Kambja_algkool, lk 119
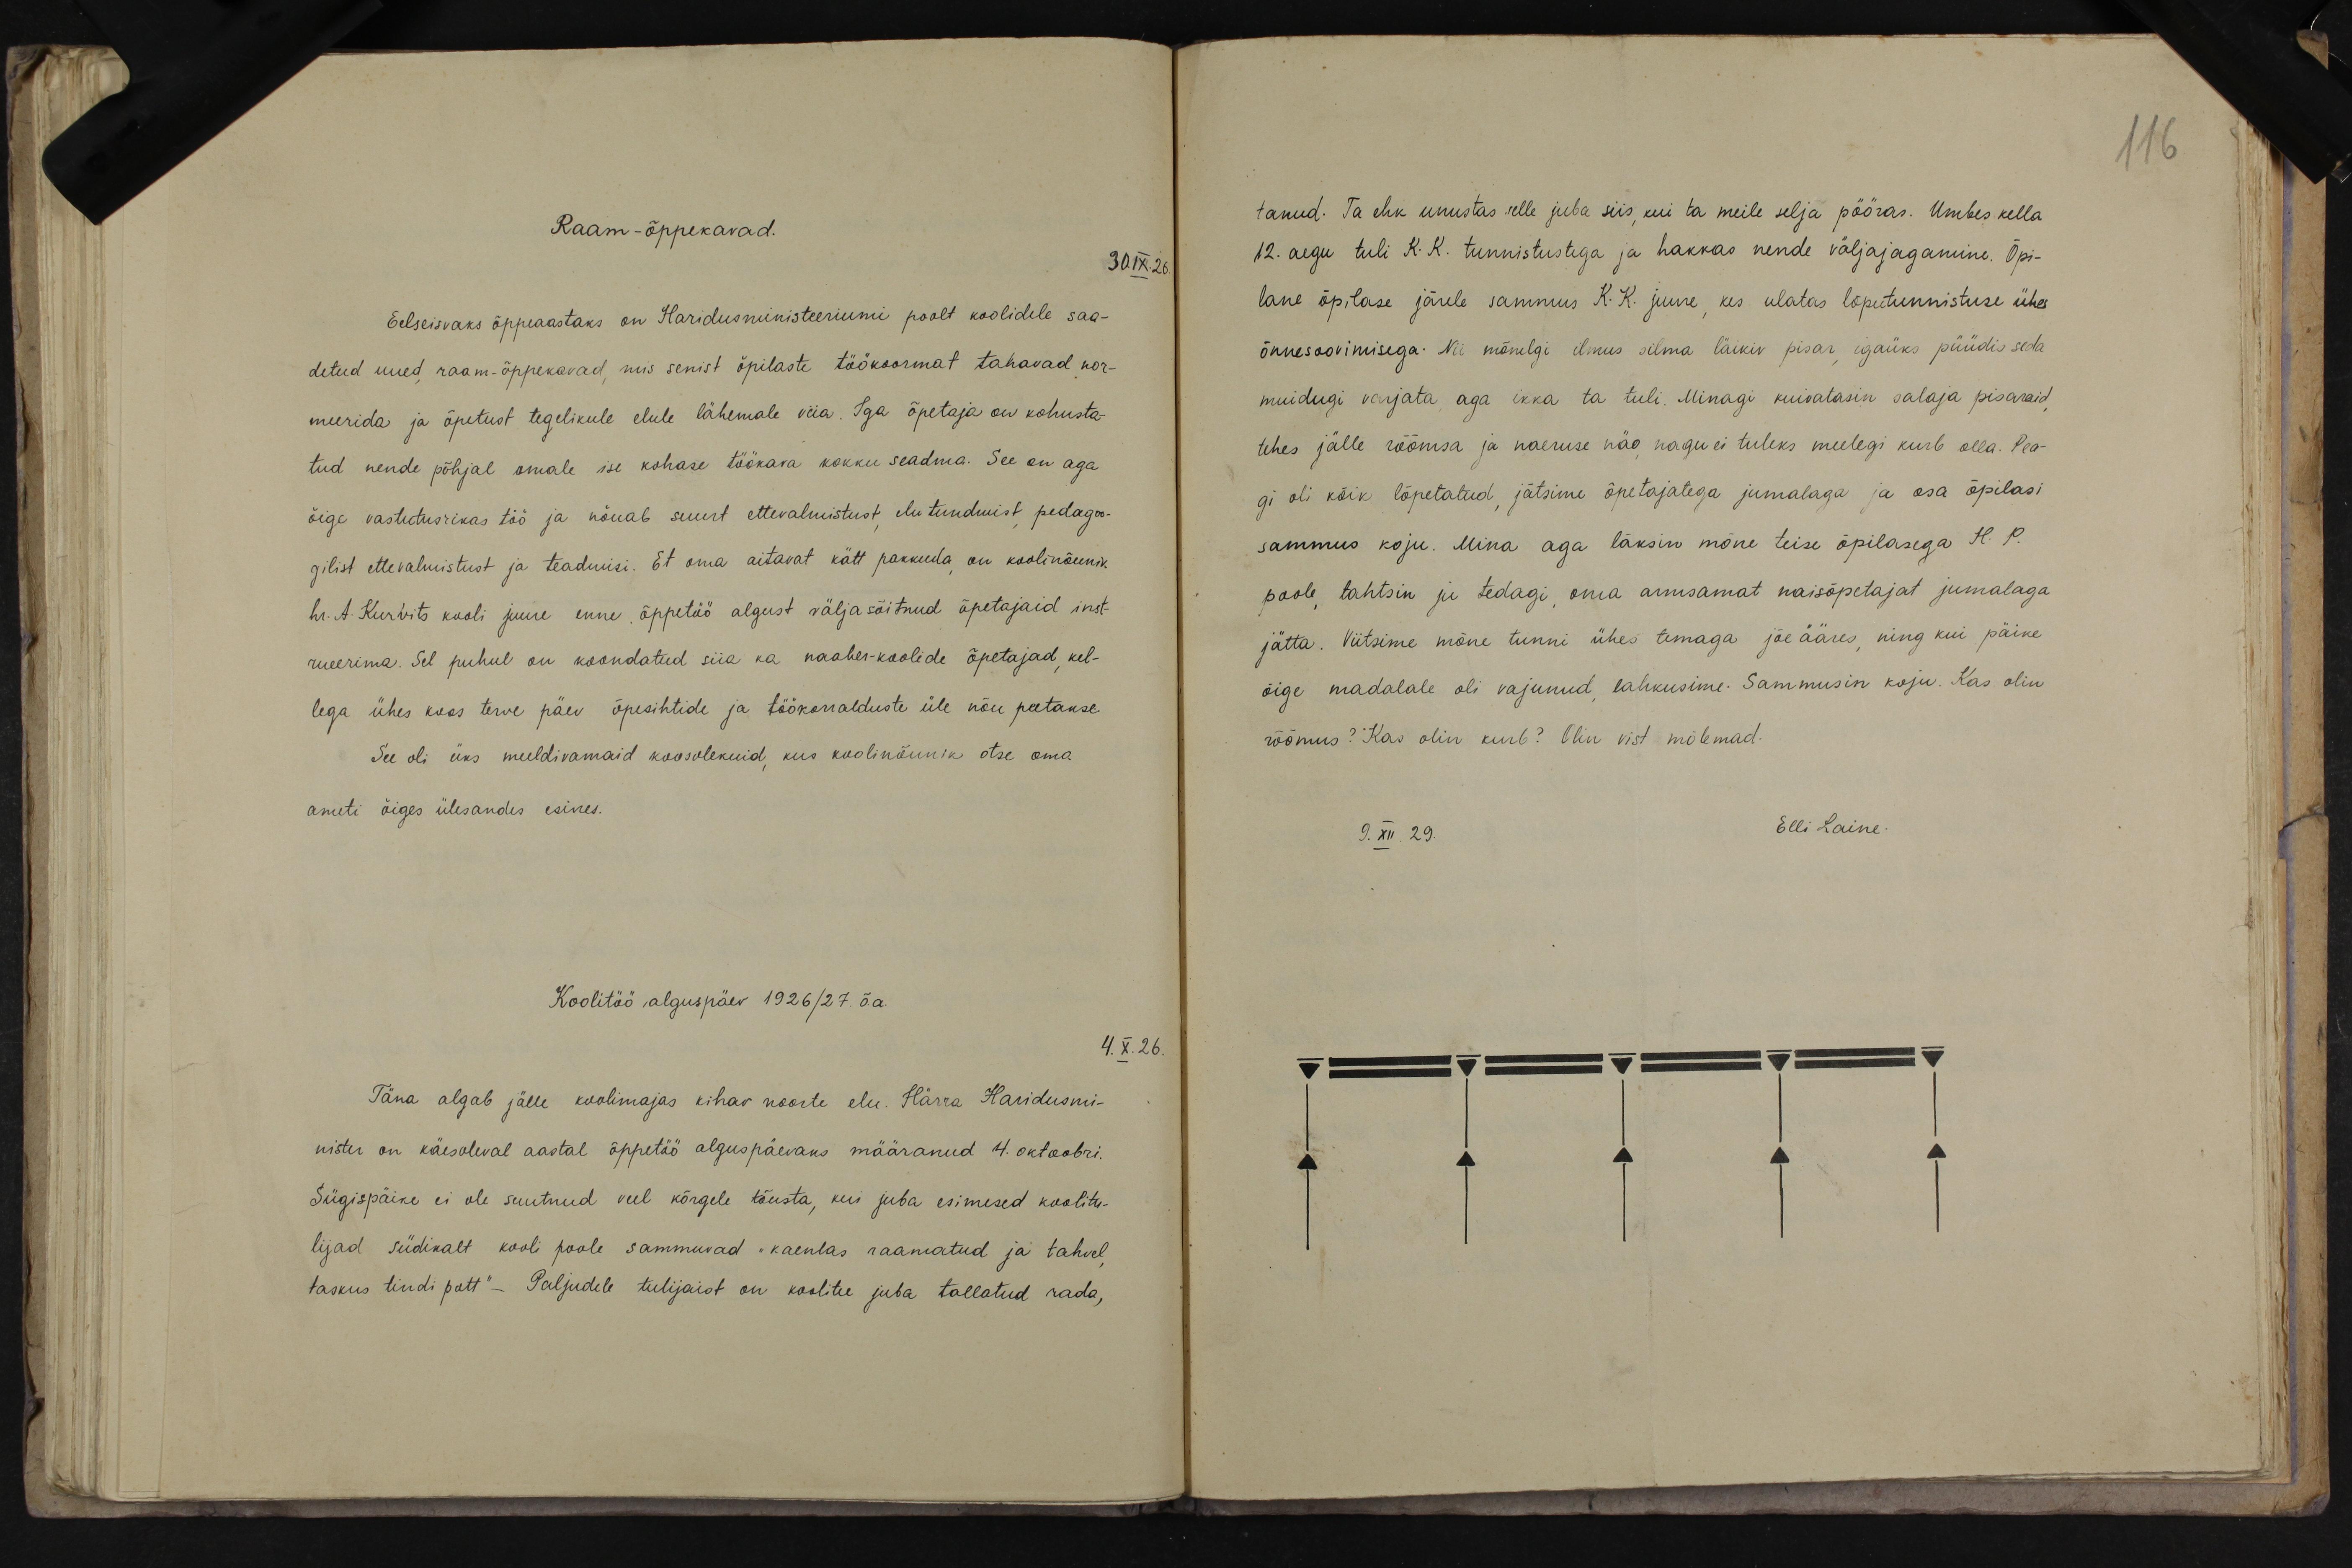
116

Raam-õppekavad.
30.IX.26
Eelseisvaks õppeaastaks on Haridusministeeriumi poolt koolidele saa-
detud uued raam-õppekavad, mis senist õpilaste töökoormat tahavad nor-
meerida ja õpetust tegelikule elule lähemale viia. Iga õpetaja on kohusta-
tud nende põhjal omale ise kohase töökava kokku seadma. See on aga
õige vastutusriks töö ja nõuab suurt ettevalmistust elutundmist pedagoo-
gilist ettevalmistust ja teadmisi. Et oma aitavat kätt pakkuda, on koolinõunik,
hr. A. Kurvits kooli juure enne õppetöö algust väljasõitnud õpetajaid inst-
rueerima. Sel puhul on koondatud siia ka naaber-koolide õpetajad, kel-
lega ühes koos terve päev õpesihtide ja töökorralduste üle nõu peetakse
See oli üks meeldivamaid koosolekuid, kus koolinõunik otse oma
ameti õiges ülesandes esines.
Koolitöö alguspäev 1926/27. õa.
4.X.26.
Täna algab jälle koolimajas kihav noorte elu. Härra Haridusmi-
nister on käesoleval aastal õppetöö alguspäevaks määranud 4. oktoobri
Sügispäike ei ole suutnud veel kõrgele tõusta, kui juba esimesed koolitu-
lijad südikalt kooli poole sammuvad - "kaenlas raamatud ja tahvel,
taskus tindi pott" - Paljudele tulijaist on koolitee juba tallatud rada,

tanud. Ta ehk unustas selle juba siis, kui ta meile selja pööras. Umbes kella
12. aegu tuli K.K. tunnistustega ja hakkas nende väljajagamine. Õpi-
lane õpilase järele sammus K.K. juure, kes ulatas lõputunnistuse ühes
õnnesoovimisega. Nii mõnelgi ilmus silma läikiv pisar, igaüks püüdis seda
muidugi varjata, aga ikka ta tuli. Minagi kuivatasin salaja pisaraid
tehes jälle rõõmsa ja naeruse näo nagu ei tuleks mulegi kurb olla. Pea-
gi oli kõik lõpetatud, jätsime õpetajatega jumalaga ja osa õpilasi
sammus koju. Mina aga läksin mõne teise õpilasega H. P.
poole, tahtsin ju tedagi, oma armsamat naisõpetajat jumalaga
jätta. Viitsime mõne tunni ühes temaga jõeääres ning kui päike
õige madalale oli vajunud, lahkusime. Sammusin koju. Kas olin
rõõmus? Kas olin kurb? Olin vist mõlemad.
9. XII. 29.
Elli Laine.